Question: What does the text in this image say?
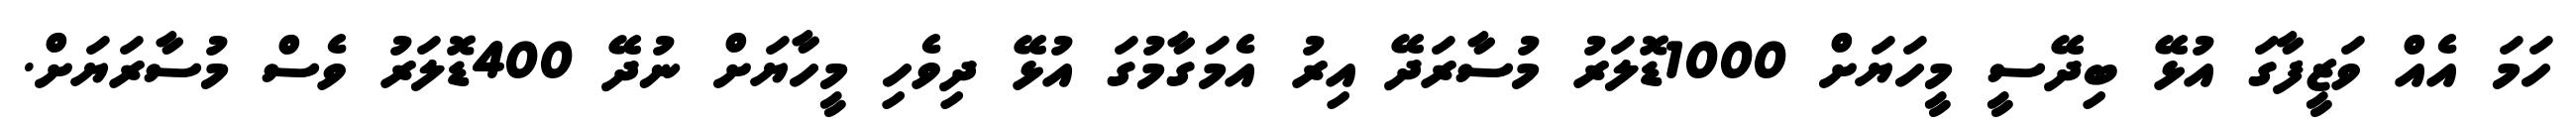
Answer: ހަމަ އެއް ވަޒީފާގަ އުޅޭ ބިދޭސީ މީހަޔަށް 1000ޑޮލަރު މުސާރަދޭ އިރު އެމަގާމުގަ އުޅޭ ދިވެހި މީހާޔަށް ނުދޭ 400ޑޮލަރު ވެސް މުސާރަޔަށް.